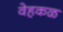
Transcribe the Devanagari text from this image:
वेहकळ